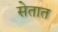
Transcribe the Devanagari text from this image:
सेतात